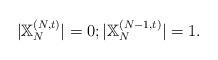
LaTeX: \begin{align*}|\mathbb{X}_N^{(N,t)}|=0;|\mathbb{X}_N^{(N-1,t)}|=1.\end{align*}